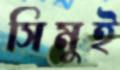
সিমুই